Papers set at the Examination for Leaving Certificates, 1893
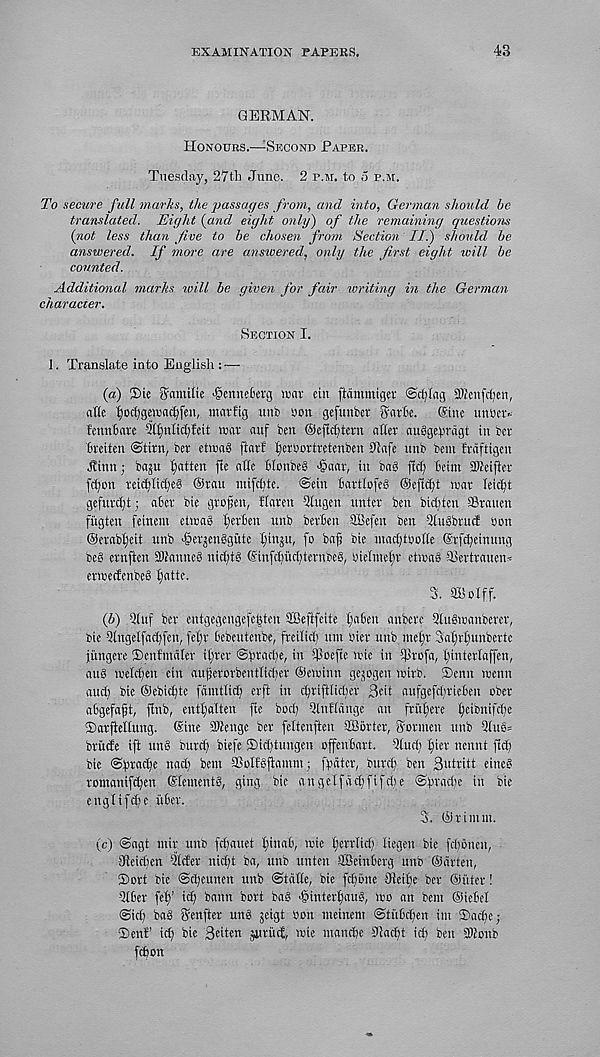
EXAMINATION PAPERS.
43
GERMAN.
Honours.—Second Paper.
Tuesday, 27tl: June. 2 p.m. to 5 p.m.
To secure full marks, the passac/es from, and into, German should he
translated. Eic/ht {and eight only) of the remaining questions
{not less than five to be chosen from Section II.) should be
answered. If more are answered, only the first eight will be
counted.
Additional marks ivill be given for fair writing in the German
character.
Section I.
I. Translate into English : —
{a) £>ie Shmilte 'SenneBerg mat eirt ftammigev ©cfjlag SUi'enfcfjen,
attc |prf)gewac^fen, imirltg unb yon gefunbct gatte. @tnc unbav
fenubavc ?ll)nlict;feit war auf ben ©efiextern alter auggepragt in ber
Breiten @tirn, ber etwaP ftarf ^erbortretenben Slafe unb bem frdftigen
^inn; baju fatten fie aEe BlonbeP 'gaar, in bag fid; Beim aBeifter
fetjon reicfilicfieg ©ran ntifdjie. @ein Bartlofeg ©eftc^t war teic^t
gefurc^t; aber bie grofen, ftnren atugen unter ben bitten SSrauen
fugten feinem etwag t;erBen unb ber'Bcn SBefen ben Otulbrucf yon
©erabljeit unb <§erjenggute Ifinju, fo bajj bie mac^tyoHe ©rfc^einung
beg ernften SBanneg nict;tg ©infc()uct;ternbeg, yieiineijr etwag Tlertraucn-
erweefenbeg isatte.
3. SBoiff.
{b) Qtuf ber entgegengefe|ten SBeftfeite I;a6en anbere Qtugwanberer,
sic Qtngelfac^fen, fefr Beteutcnbe, freilic'B tint yicr unb, metfr 3at;rt)unberte
jungere ®enfmdler iljrcr ©ftradfe, in tpoeftc wie in tprofa, ||tterlaffen,
aug weldfen ein aujjerorbentMter ©ewiun gejogen wirb. ®enn wenn
aud) bie ©ebicfyte famtlid) erft in cijrifttic&er Bot aufgefcitrieBen ober
abgefaft, flub, enttyalten fte bodj Utnfidnge an fri’iftere ^eibnifctje
®arfieltung. ©ine SWengc ber feltcnften SEBbrter, fyormen unb Qtug=
britde ift ting buref) biefe Sidjtungen offen'Bart. atuct) Ijier nennt ftcl)
bie ©praclfe nact) bent SBoIfgfiannn j fpater, buret; ben BuMtt fine®
romanifci)en ©lemcntg, ging bie an ge if act; f if cite @pract;c in bie
cngtifd;e itBer.
3, ©rintm.
(c) <Sagt ntir unb fdfauet tjinaB, wie t;errtid; tiegen bie fdfbnen,
Jleict;en Qtder nid;t ba, unb unteu SBeinBerg unb ©drten,
®ort bie @d;eunen unb ©tcitte, bie fdtone Jleit)e ber ©titer!
Qtfier fet)’ id; bann bort bag ■§interf)aug, wo an bent ©ieBet
©id; bag genfter ung jeigt yon meinent @tu6d;en im ®ad;e ;
®enf’ icf; bie Bote” jurtttl, wie tnandje SBae^t id; ben aBonb
fdion